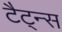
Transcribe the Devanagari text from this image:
टैट्न्स